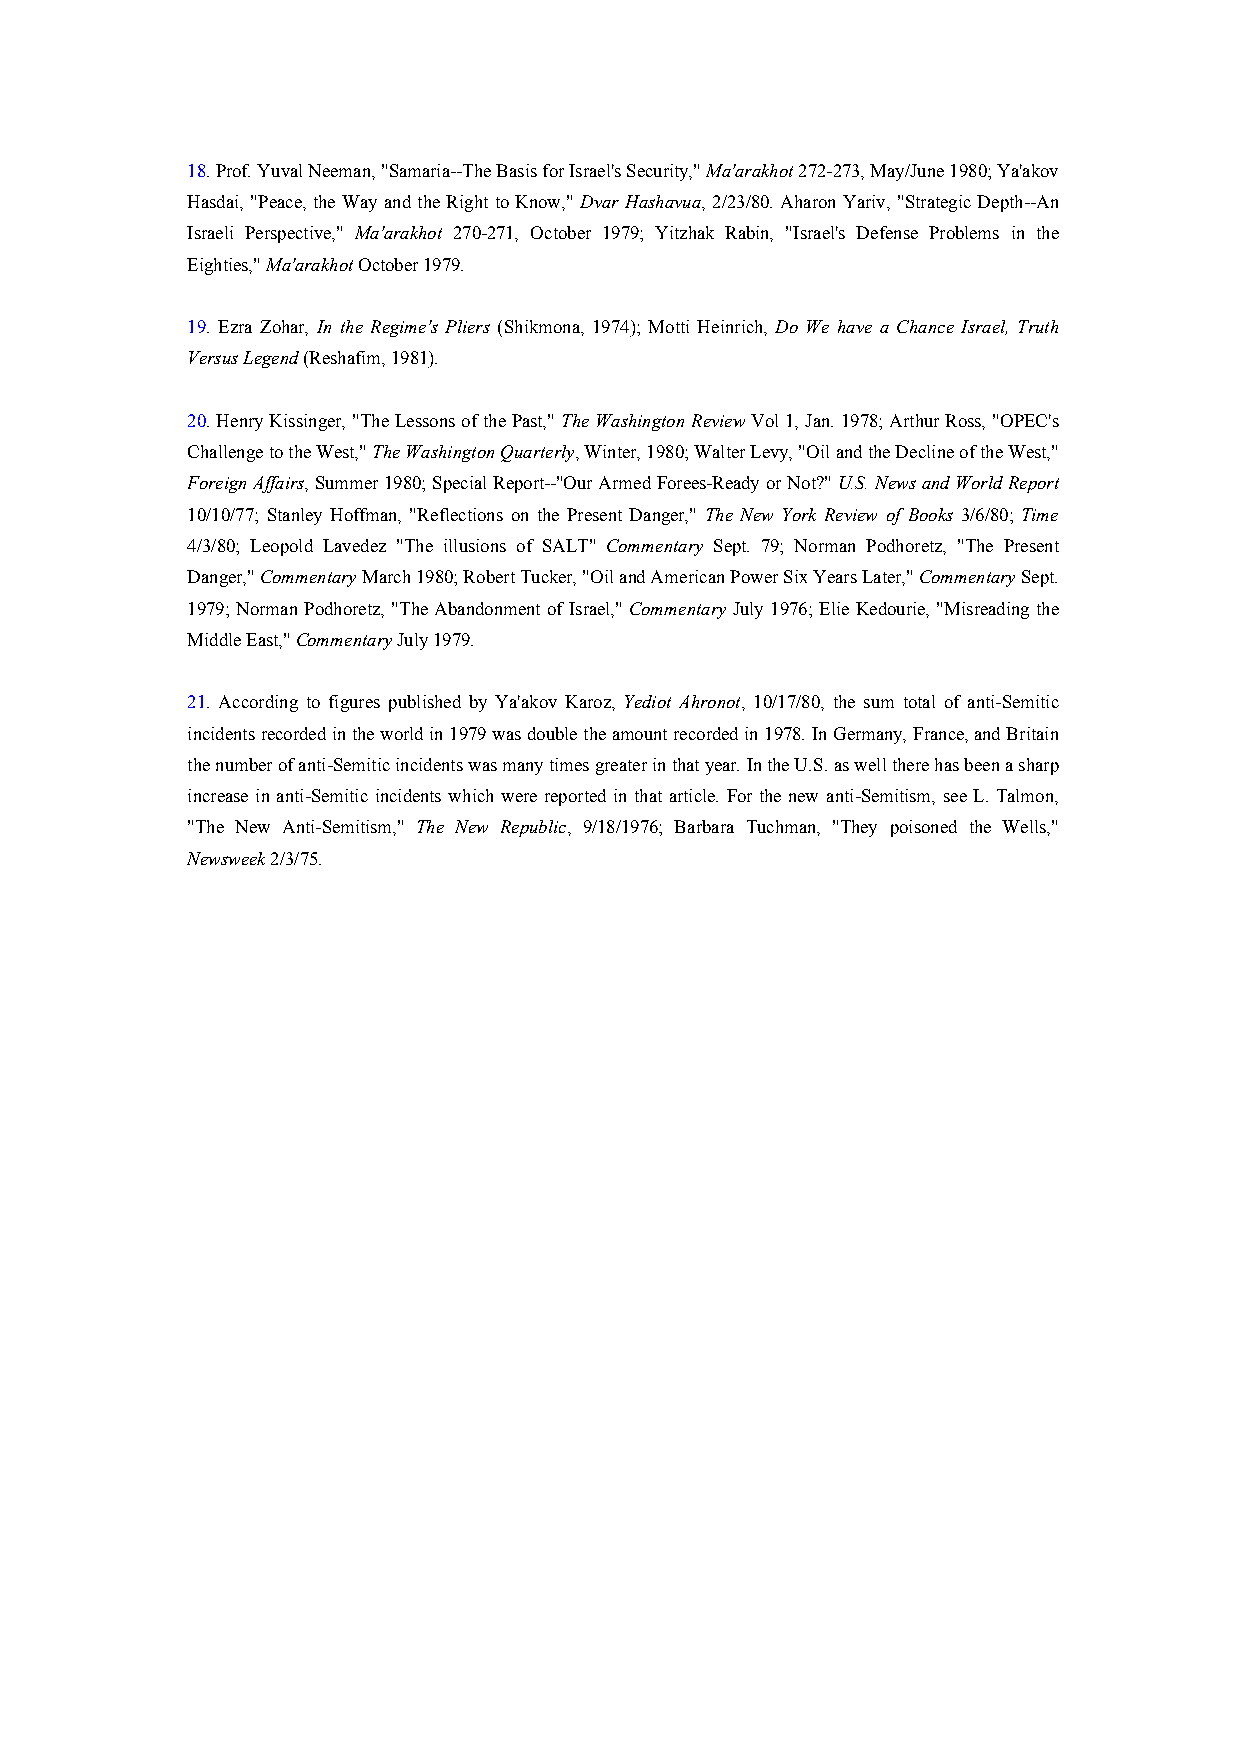
18. Prof. Yuval Neeman, "Samaria--The Basis for Israel's Security," Ma'arakhot 272-273, May/June 1980; Ya'akov
 Hasdai, "Peace, the Way and the Right to Know," Dvar Hashavua, 2/23/80. Aharon Yariv, "Strategic Depth--An
 Israeli Perspective," Ma'arakhot 270-271, October 1979; Yitzhak Rabin, "Israel's Defense Problems in the
 Eighties," Ma'arakhot October 1979.
 19. Ezra Zohar, In the Regime's Pliers (Shikmona, 1974); Motti Heinrich, Do We have a Chance Israel, Truth
 Versus Legend (Reshafim, 1981).
 20. Henry Kissinger, "The Lessons of the Past," The Washington Review Vol 1, Jan. 1978; Arthur Ross, "OPEC's
 Challenge to the West," The Washington Quarterly, Winter, 1980; Walter Levy, "Oil and the Decline of the West,"
 Foreign Affairs, Summer 1980; Special Report--"Our Armed Forees-Ready or Not?" U.S. News and World Report
 10/10/77; Stanley Hoffman, "Reflections on the Present Danger," The New York Review of Books 3/6/80; Time
 4/3/80; Leopold Lavedez "The illusions of SALT" Commentary Sept. 79; Norman Podhoretz, "The Present
 Danger," Commentary March 1980; Robert Tucker, "Oil and American Power Six Years Later," Commentary Sept.
 1979; Norman Podhoretz, "The Abandonment of Israel," Commentary July 1976; Elie Kedourie, "Misreading the
 Middle East," Commentary July 1979.
 21. According to figures published by Ya'akov Karoz, Yediot Ahronot, 10/17/80, the sum total of anti-Semitic
 incidents recorded in the world in 1979 was double the amount recorded in 1978. In Germany, France, and Britain
 the number of anti-Semitic incidents was many times greater in that year. In the U.S. as well there has been a sharp
 increase in anti-Semitic incidents which were reported in that article. For the new anti-Semitism, see L. Talmon,
 "The New Anti-Semitism," The New Republic, 9/18/1976; Barbara Tuchman, "They poisoned the Wells,"
 Newsweek 2/3/75.